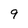
Character: 9